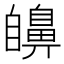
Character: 𦤫